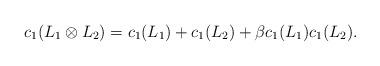
LaTeX: \begin{align*}c_1(L_1\otimes L_2)=c_1(L_1)+c_1(L_2)+\beta c_1(L_1)c_1(L_2).\end{align*}